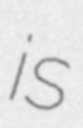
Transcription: is